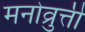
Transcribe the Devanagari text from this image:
मनोव्रुत्ती